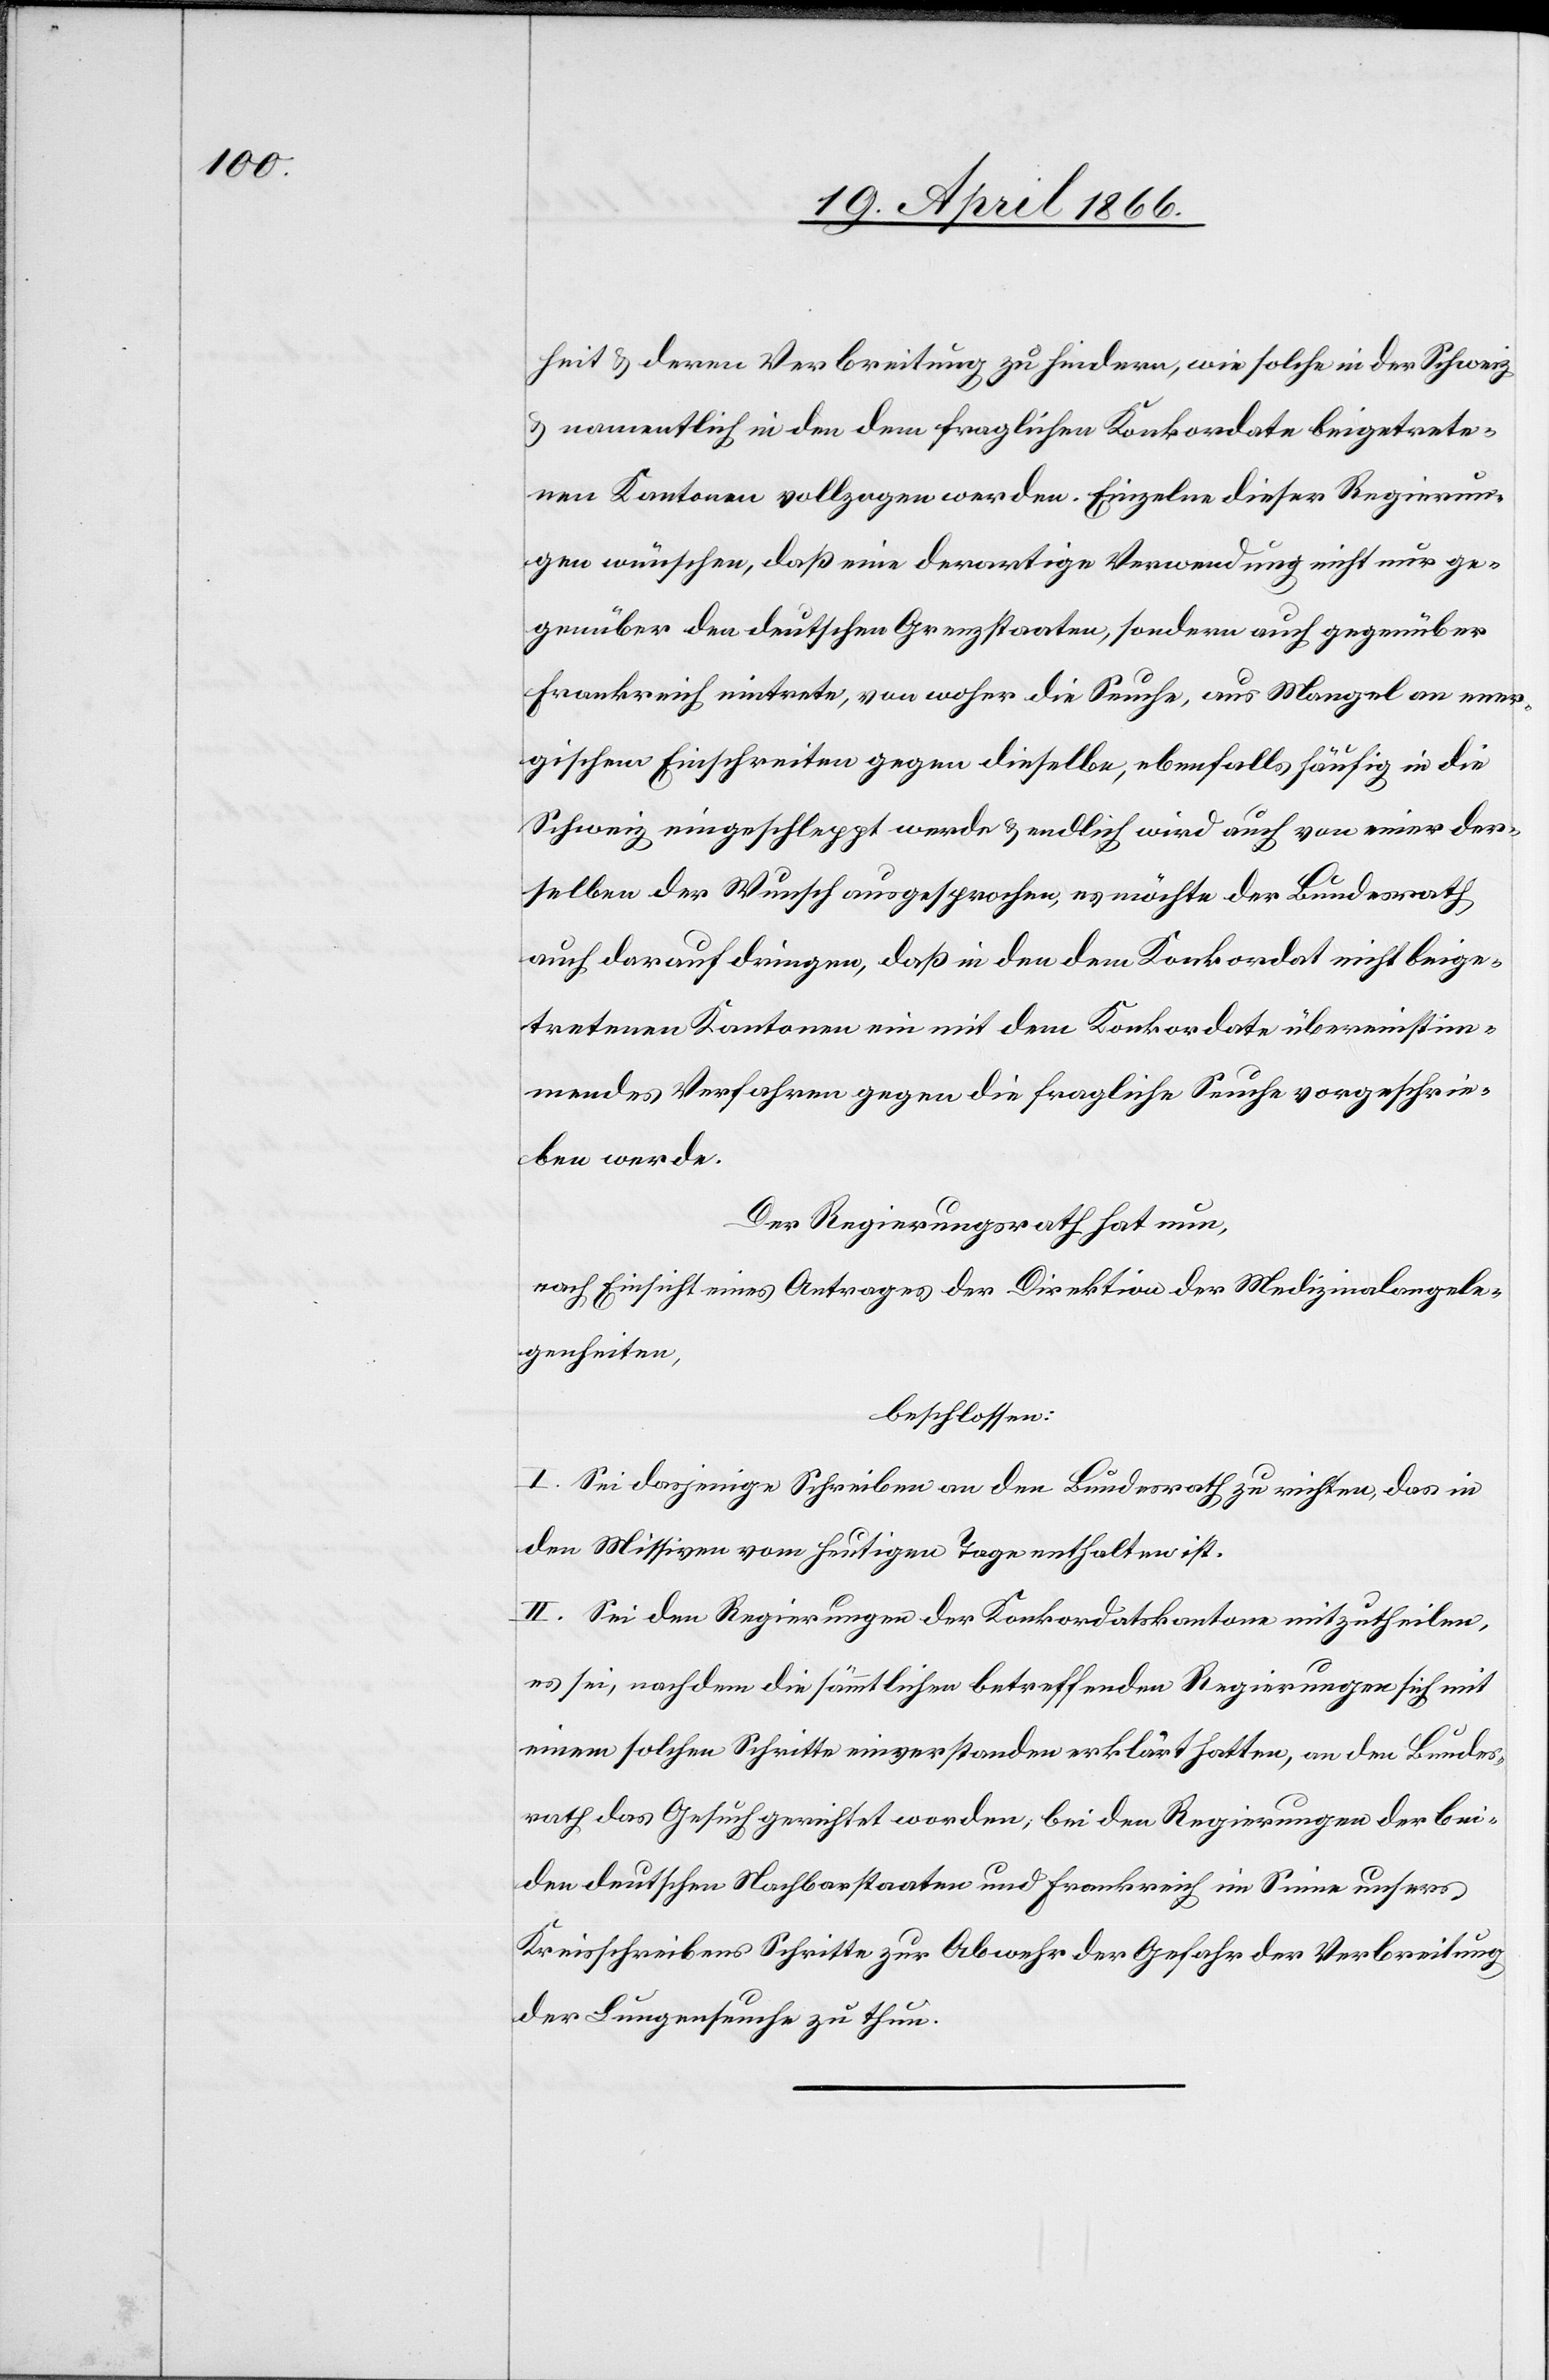
heit u. deren Verbreitung zu hindern, wie solche in der Schweiz
u. namentlich in den dem fraglichen Konkordate beigetrete¬
nen Kantonen vollzogen werden. Einzelne dieser Regierun¬
gen wünschen, daß eine derartige Verwendung nicht nur ge¬
genüber den deutschen Grenzstaaten, sondern auch gegenüber
Frankreich eintrete, von woher die Seuche, aus Mangel an ener¬
gischem Einschreiten gegen dieselbe, ebenfalls häufig in die
Schweiz eingeschleppt werde u. endlich wird auch von einer der¬
selben der Wunsch ausgesprochen, es möchte der Bundesrath
auch darauf dringen, daß in den dem Konkordat nicht beige¬
tretenen Kantonen ein mit dem Konkordat übereinstim¬
mendes Verfahren gegen die fragliche Seuche vorgeschrie¬
ben werde.
Der Regierungsrath hat nun,
nach Einsicht eines Antrages der Direktion der Medizinalangele¬
genheiten,
beschlossen:
I. Sei dasjenige Schreiben an den Bundesrath zu richten, das in
den Missiven vom heutigen Tage enthalten ist.
II. Sei den Regierungen der Konkordatskantone mitzutheilen,
es sei, nachdem die sämmtlichen betreffenden Regierungen sich mit
einem solchen Schritte einverstanden erklärt hatten, an den Bundes¬
rath Gesuch gerichtet worden, bei den Regierungen der bei¬
den deutschen Nachbarstaaten und Frankreich im Sinne unseres
Kreisschreibens Schritte zur Abwehr der Gefahr der Verbreitung
der Lungenseuche zu thun.